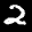
Label: 2